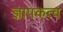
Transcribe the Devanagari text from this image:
ज्ञापकत्व